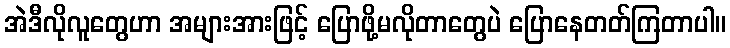
အဲဒီလိုလူတွေဟာ အများအားဖြင့် ပြောဖို့မလိုတာတွေပဲ ပြောနေတတ်ကြတာပါ။